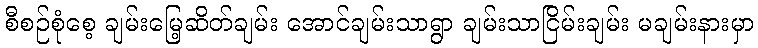
စီစဉ်စုံစေ့ ချမ်းမြေ့ဆိတ်ချမ်း အောင်ချမ်းသာရွာ ချမ်းသာငြိမ်းချမ်း မချမ်းနားမှာ